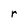
Character: r